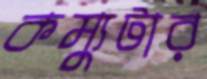
কম্যুটার